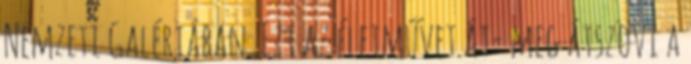
Nemzeti Galériában. Ezt az életművet át- meg átszövi a